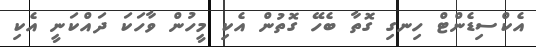
އެކްސިޑެންޓް ހިނގި ގޮތާ ބެހޭ ގޮތުން އެކި މީހުން ވާހަކަ ދައްކަނީ އެކި